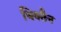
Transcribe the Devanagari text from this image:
धिक्तैन